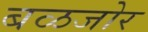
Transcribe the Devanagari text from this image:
बळजोर